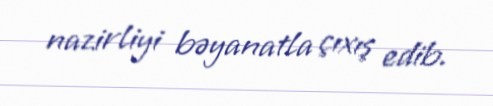
nazirliyi bəyanatla çıxış edib.